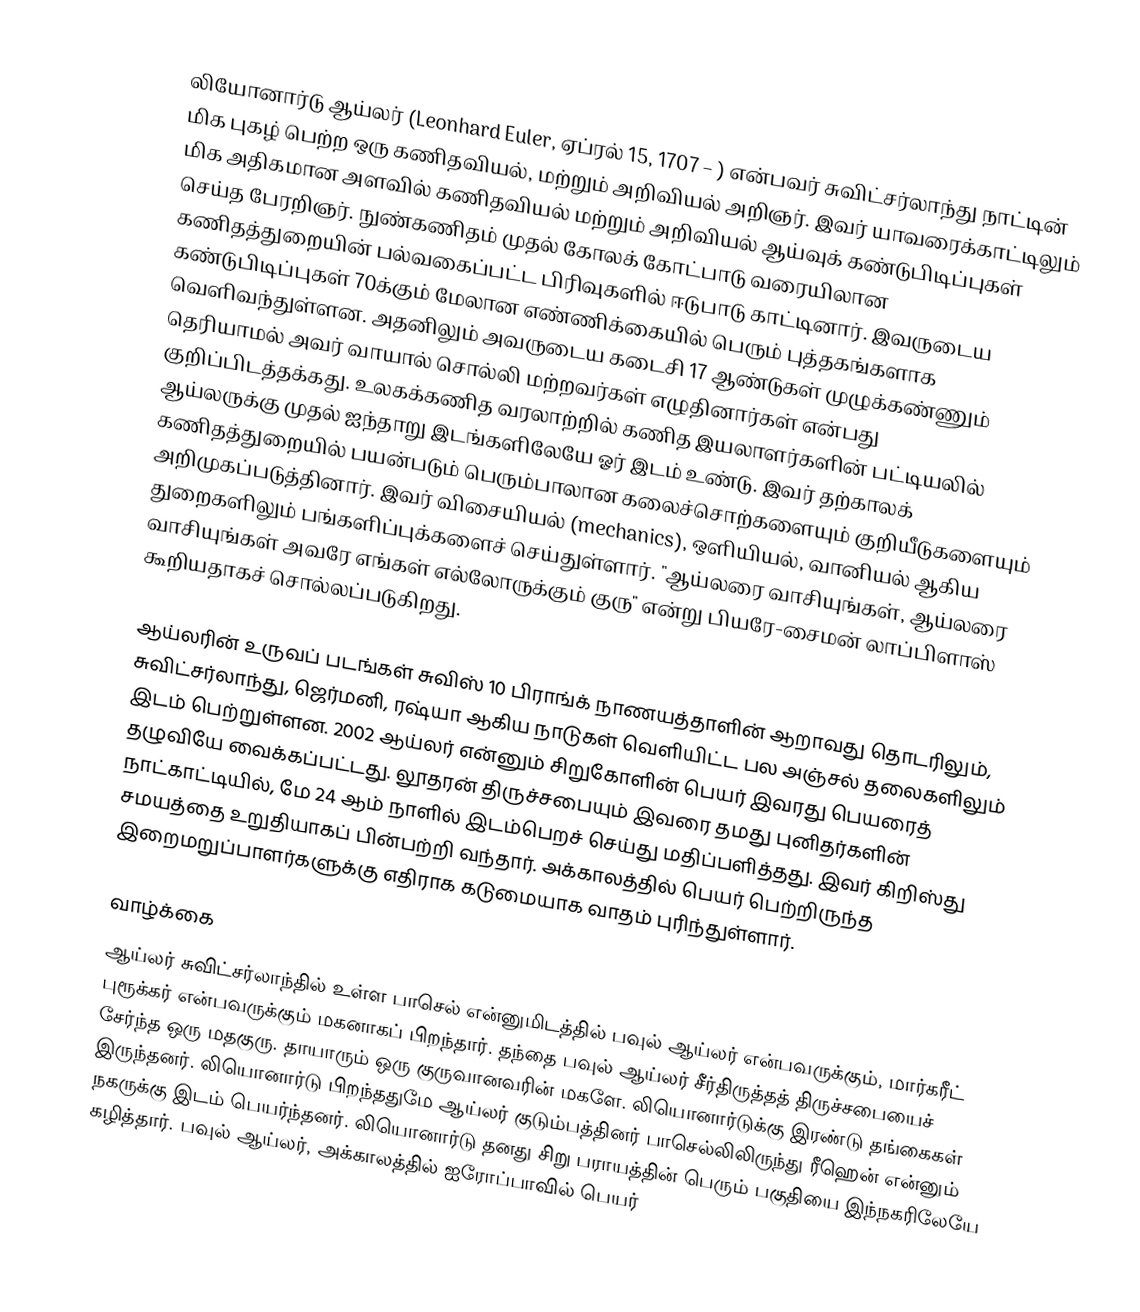
லியோனார்டு ஆய்லர் (Leonhard Euler, ஏப்ரல் 15, 1707 – ) என்பவர் சுவிட்சர்லாந்து நாட்டின் மிக புகழ் பெற்ற ஒரு கணிதவியல், மற்றும் அறிவியல் அறிஞர். இவர் யாவரைக்காட்டிலும் மிக அதிகமான அளவில் கணிதவியல் மற்றும் அறிவியல் ஆய்வுக் கண்டுபிடிப்புகள் செய்த பேரறிஞர். நுண்கணிதம் முதல் கோலக் கோட்பாடு வரையிலான கணிதத்துறையின் பல்வகைப்பட்ட பிரிவுகளில் ஈடுபாடு காட்டினார். இவருடைய கண்டுபிடிப்புகள் 70க்கும் மேலான எண்ணிக்கையில் பெரும் புத்தகங்களாக வெளிவந்துள்ளன. அதனிலும் அவருடைய கடைசி 17 ஆண்டுகள் முழுக்கண்ணும் தெரியாமல் அவர் வாயால் சொல்லி மற்றவர்கள் எழுதினார்கள் என்பது குறிப்பிடத்தக்கது. உலகக்கணித வரலாற்றில் கணித இயலாளர்களின் பட்டியலில் ஆய்லருக்கு முதல் ஐந்தாறு இடங்களிலேயே ஓர் இடம் உண்டு. இவர் தற்காலக் கணிதத்துறையில் பயன்படும் பெரும்பாலான கலைச்சொற்களையும் குறியீடுகளையும் அறிமுகப்படுத்தினார். இவர் விசையியல் (mechanics), ஒளியியல், வானியல் ஆகிய துறைகளிலும் பங்களிப்புக்களைச் செய்துள்ளார். "ஆய்லரை வாசியுங்கள், ஆய்லரை வாசியுங்கள் அவரே எங்கள் எல்லோருக்கும் குரு" என்று பியரே-சைமன் லாப்பிளாஸ் கூறியதாகச் சொல்லப்படுகிறது.

ஆய்லரின் உருவப் படங்கள் சுவிஸ் 10 பிராங்க் நாணயத்தாளின் ஆறாவது தொடரிலும், சுவிட்சர்லாந்து, ஜெர்மனி, ரஷ்யா ஆகிய நாடுகள் வெளியிட்ட பல அஞ்சல் தலைகளிலும் இடம் பெற்றுள்ளன. 2002 ஆய்லர் என்னும் சிறுகோளின் பெயர் இவரது பெயரைத் தழுவியே வைக்கப்பட்டது. லூதரன் திருச்சபையும் இவரை தமது புனிதர்களின் நாட்காட்டியில், மே 24 ஆம் நாளில் இடம்பெறச் செய்து மதிப்பளித்தது. இவர் கிறிஸ்து சமயத்தை உறுதியாகப் பின்பற்றி வந்தார். அக்காலத்தில் பெயர் பெற்றிருந்த இறைமறுப்பாளர்களுக்கு எதிராக கடுமையாக வாதம் புரிந்துள்ளார்.

வாழ்க்கை
ஆய்லர் சுவிட்சர்லாந்தில் உள்ள பாசெல் என்னுமிடத்தில் பவுல் ஆய்லர் என்பவருக்கும், மார்கரீட் புரூக்கர் என்பவருக்கும் மகனாகப் பிறந்தார். தந்தை பவுல் ஆய்லர் சீர்திருத்தத் திருச்சபையைச் சேர்ந்த ஒரு மதகுரு. தாயாரும் ஒரு குருவானவரின் மகளே. லியொனார்டுக்கு இரண்டு தங்கைகள் இருந்தனர். லியொனார்டு பிறந்ததுமே ஆய்லர் குடும்பத்தினர் பாசெல்லிலிருந்து ரீஹென் என்னும் நகருக்கு இடம் பெயர்ந்தனர். லியொனார்டு தனது சிறு பராயத்தின் பெரும் பகுதியை இந்நகரிலேயே கழித்தார். பவுல் ஆய்லர், அக்காலத்தில் ஐரோப்பாவில் பெயர்